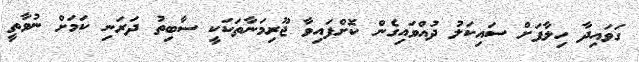
ގަވައިދާ ހިލާފަށް ސައިކަލު ދުއްވައިގެން ކޮށްފައިވާ ޖޫރިމަނާތަކަކީ ސާބިތު ދަރަނި ކަމަށް ނުވާތީ